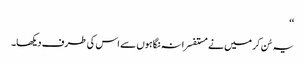
‘‘
یہ سُن کر میں نے مستفسرانہ نگاہوں سے اس کی طرف دیکھا۔